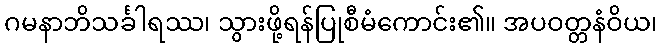
ဂမနာဘိသင်္ခါရဿ၊ သွားဖို့ရန်ပြုစီမံကောင်း၏။ အပဝတ္တနံဝိယ၊